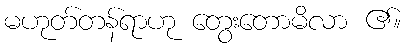
မဟုတ်တန်ရာဟု တွေးတောမိလာ ၏။